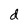
Character: d